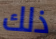
ذلك